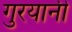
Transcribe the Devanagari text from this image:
गुरयानी